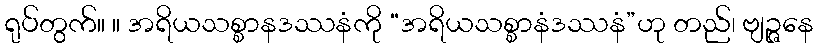
ရုပ်တွက်။ ။ အရိယသစ္စာနဒဿနံကို “အရိယသစ္စာနံဒဿနံ”ဟု တည်၊ ဗျဉ္ဇနေ